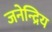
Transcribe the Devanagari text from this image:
जनेन्द्रिय